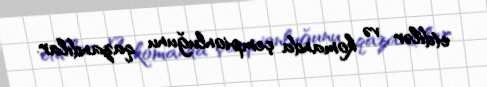
etdilər və komanda çempionluğunu qazandılar.